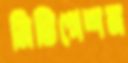
মিটিগেশন